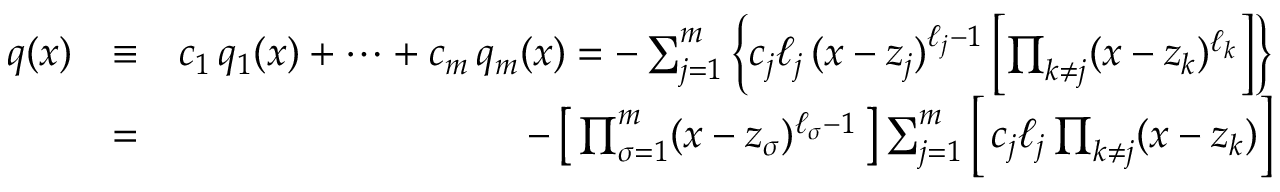
\begin{array} { r l r } { q ( x ) } & { \equiv } & { c _ { 1 } \, q _ { 1 } ( x ) + \cdots + c _ { m } \, q _ { m } ( x ) = - \sum _ { j = 1 } ^ { m } \left\{ c _ { j } \ell _ { j } \, ( x - z _ { j } ) ^ { \ell _ { j } - 1 } \left[ \prod _ { k \neq j } ( x - z _ { k } ) ^ { \ell _ { k } } \right] \right\} } \\ & { = } & { - \left[ \, \prod _ { \sigma = 1 } ^ { m } ( x - z _ { \sigma } ) ^ { \ell _ { \sigma } - 1 } \, \right] \sum _ { j = 1 } ^ { m } \left[ \, c _ { j } \ell _ { j } \prod _ { k \neq j } ( x - z _ { k } ) \right] } \end{array}